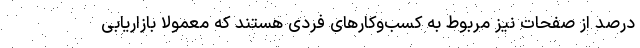
درصد از صفحات نیز مربوط به کسب‌وکارهای فردی هستند که معمولا بازاریابی